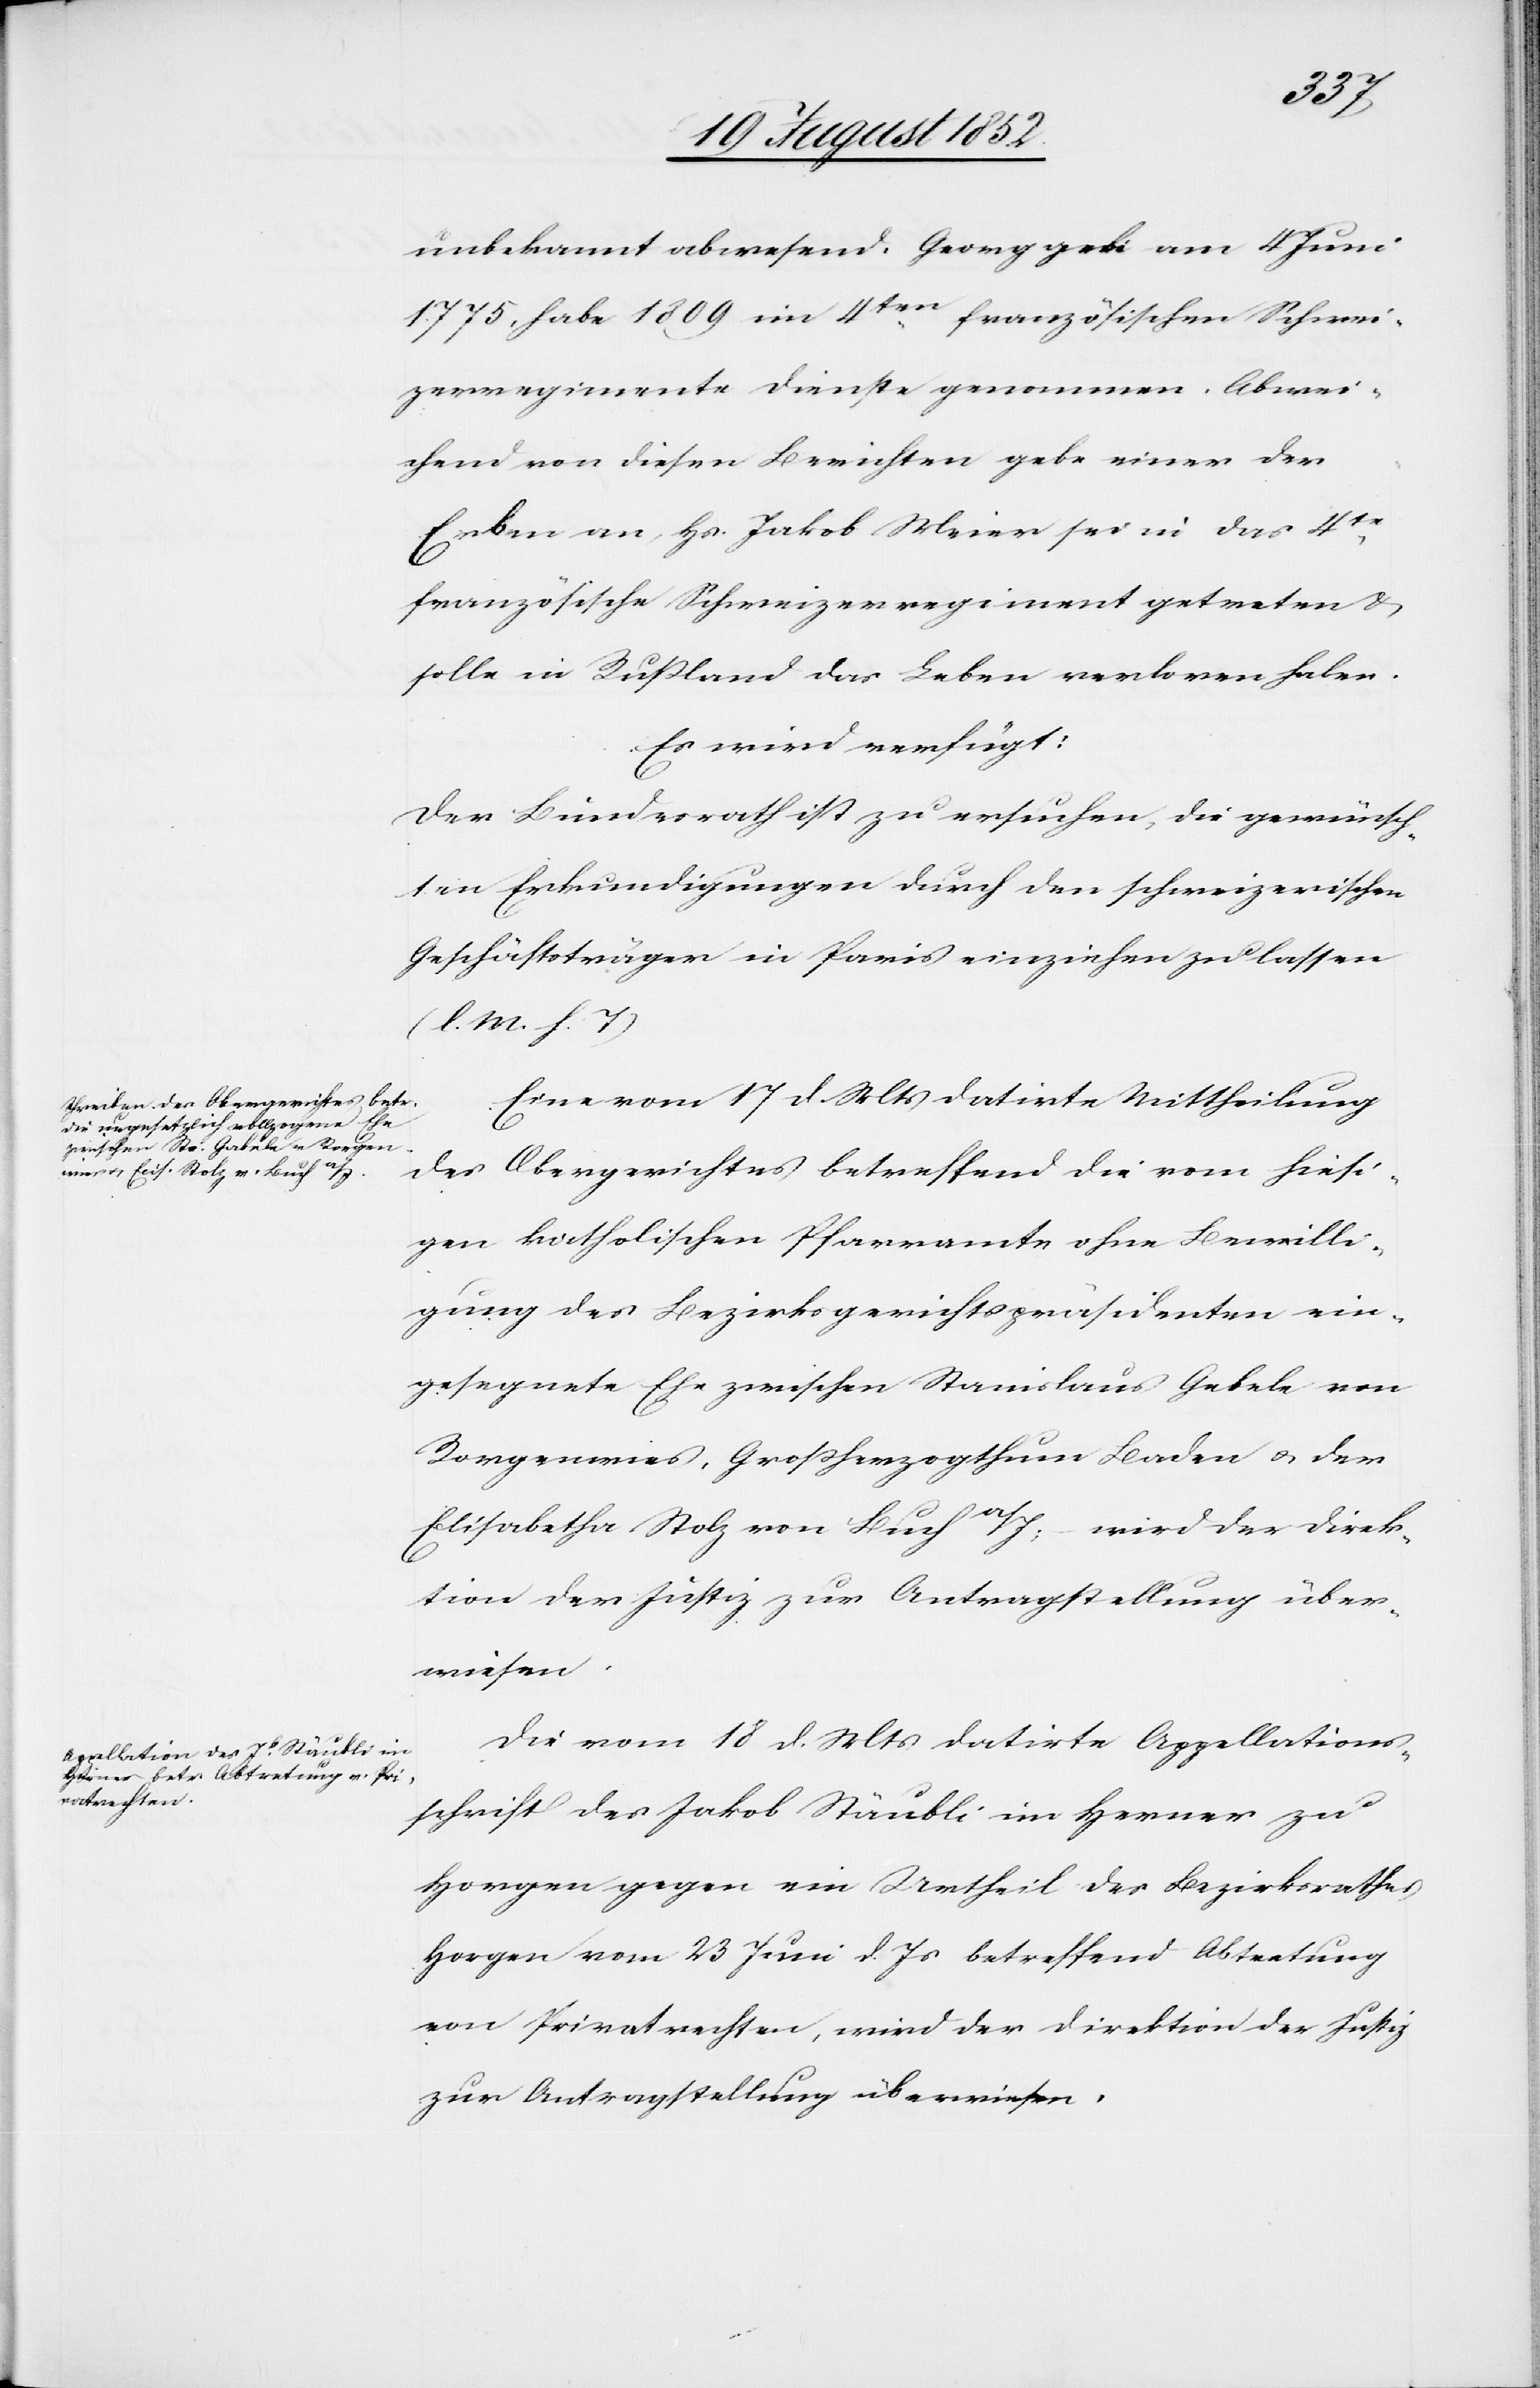
den
21 August 1852.]
unbekannt abwesend. Georg geb: am 4 Juni
1775. habe 1809 im 4ten französischen Schwei¬
zerregimente Dienste genommen. Abwei¬
chend von diesen Berichten gebe einer der
Erben an, Hs. Jakob Meier sei in das 4te
französische Schweizerregiment getreten &
solle in Rußland das Leben verloren haben.
Es wird verfügt:
Der Bundesrath ist zu ersuchen, die gewünsch¬
ten Erkundigungen durch den schweizerischen
Geschäftsträger in Paris einziehen zu lassen
(l. M. h. T)[.]
Eine vom 17 d. Mts datirte Mittheilung
des Obergerichtes betreffend die vom hiesi¬
gen katholischen Pfarramte ohne Bewilli¬
gung des Bezirksgerichtspräsidenten ein¬
gesegnete Ehe zwischen Stanislaus Gebele von
Rorgenwies, Großherzogthum Baden & der
Elisabetha Stolz von Buch a/I; – wird der Direk¬
tion der Justiz zur Antragstellung über¬
wiesen.
Die vom 18 d. Mts datirte Appellations¬
schrift des Jakob Stäubli im Herner zu
Horgen gegen ein Urtheil des Bezirksrathes
Horgen vom 23 Juni d. Js betreffend Abtretung
von Privatrechten, wird der Direktion der Justiz
zur Antragstellung überwiesen.